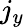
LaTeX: j_{y}